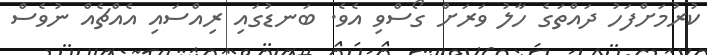
ކުރުމަށްފަހު ދައްތަގެ ހާލު ވަރަށް ގޯސްވި އެވެ. ބަނޑުގައި ރިއްސައި އެއްޗެއް ނުވެސް